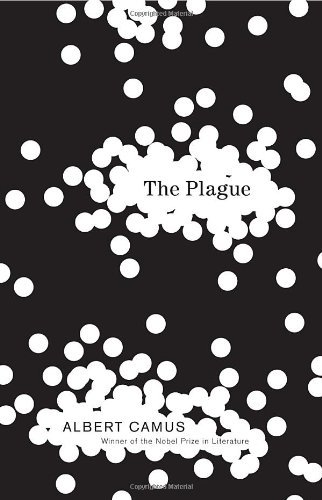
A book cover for The Plague; Albert Camus; Literature & Fiction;